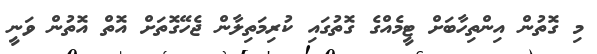
މި ގޮތުން އިންތިހާބަށް ޓީމެއްގެ ގޮތުގައި ކުރިމަތިލާން ޖެހޭގޮތަށް އޮތް އޮތުން ވަނީ